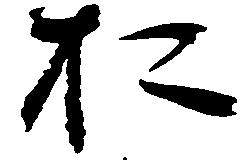
於